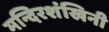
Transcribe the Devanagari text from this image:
मन्दिरशंखिनी